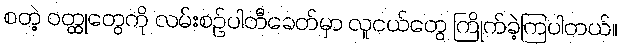
စတဲ့ ဝတ္ထုတွေကို လမ်းစဉ်ပါတီခေတ်မှာ လူငယ်တွေ ကြိုက်ခဲ့ကြပါတယ်။